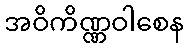
အဝိကိဏ္ဏဝါစေန